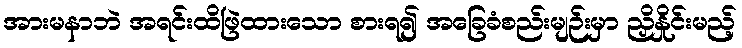
အားမနာဘဲ အရင်းထိဖြဲထားသော စားရ၍ အခြေခံစည်းမျဉ်းမှာ ညှိနှိုင်းမည့်